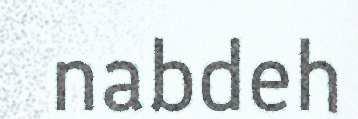
nabdeh